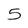
Character: 5